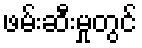
ဖမ်းဆီးမှုတွင်